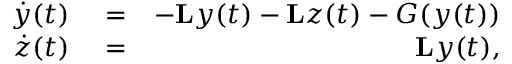
\begin{array} { r l r } { \dot { y } ( t ) } & { { } = } & { - \mathbf { L } y ( t ) - \mathbf { L } z ( t ) - G ( y ( t ) ) } \\ { \dot { z } ( t ) } & { { } = } & { \mathbf { L } y ( t ) , } \end{array}